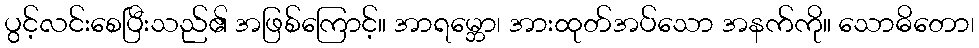
ပွင့်လင်းစေပြီးသည်၏ အဖြစ်ကြောင့်။ အာရမ္ဘော၊ အားထုတ်အပ်သော အနက်ကို။ သောဓိတော၊